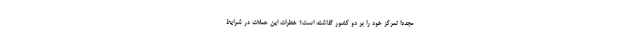
مجددا تمرکز خود را بر دو کشور گذاشته است؟ خطرات این حملات در شرایط